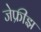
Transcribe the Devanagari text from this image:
जेफ्रीझ